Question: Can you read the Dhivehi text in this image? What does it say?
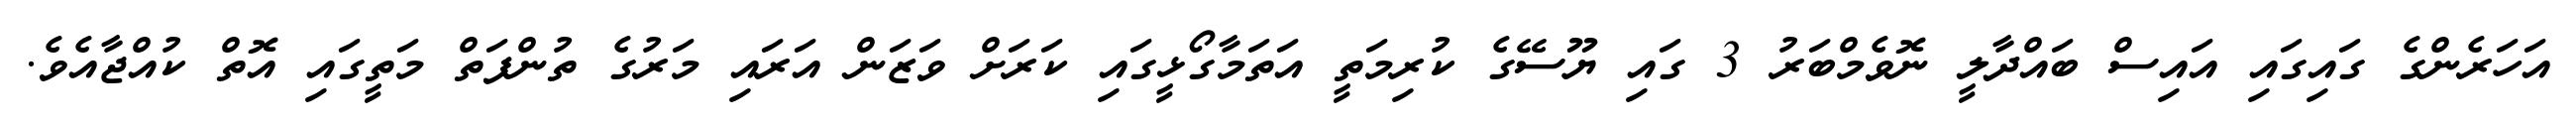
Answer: އަހަރެންގެ ގައިގައި އައިސް ބައްދާލީ ނޮވެމްބަރު 3 ގައި ޔޫސޭގެ ކުރިމަތީ އަތަމާގޯޅީގައި ކަރަށް ވަޒަން އަރައި މަރުގެ ތުންފަތް މަތީގައި އޮތް ކުއްޖާއެވެ.